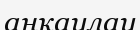
аңқаулау